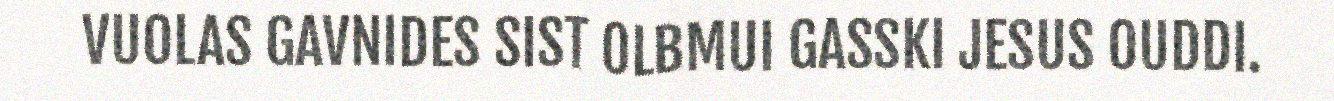
VUOLAS GAVNIDES SIST OLBMUI GASSKI JESUS OUDDI.